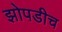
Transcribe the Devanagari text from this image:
झोपडीच